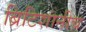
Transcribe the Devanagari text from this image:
ब्रिटिशांनीच